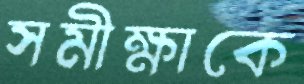
সমীক্ষাকে